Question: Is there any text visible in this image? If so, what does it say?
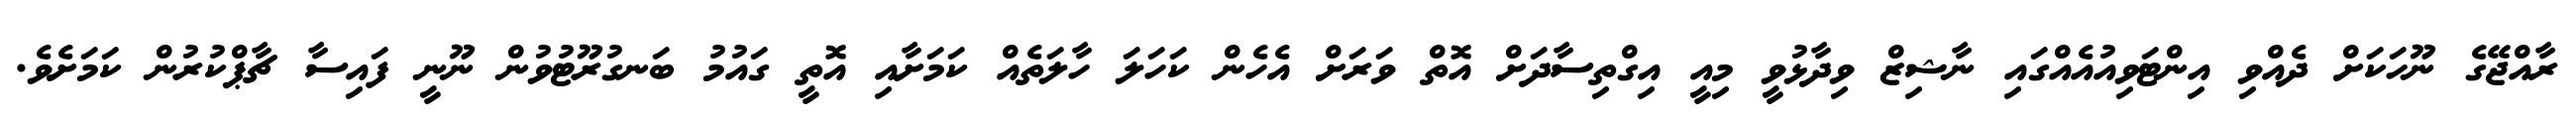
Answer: ރާއްޖޭގެ ނޫހަކަށް ދެއްވި އިންޓަވިއުއެއްގައި ނާޝިޒް ވިދާޅުވީ މިއީ އިގްތިސާދަށް އޮތް ވަރަށް އެހެން ކަހަލަ ހާލަތެއް ކަމަށާއި އޮތީ ގައުމު ބަނގުރޫޓުވުން ނޫނީ ފައިސާ ޗާޕްކުރުން ކަމަށެވެ.